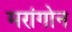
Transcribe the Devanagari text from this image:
मरांगोन